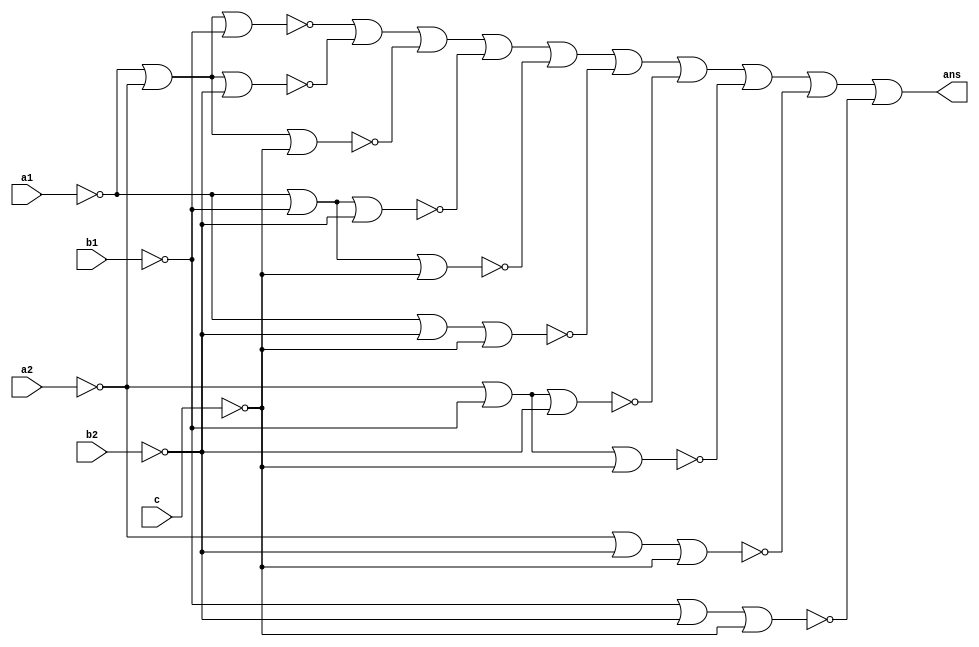
`timescale 1ns / 1ps
//////////////////////////////////////////////////////////////////////////////////
// Company: ITMO
// 
// Design Name: 
// Module Name: majorcontroller
// Project Name: Lab1
// Target Devices: 
// Tool Versions: 
// Description: 
// 
// Dependencies: 
// 
// Revision:
// Revision 0.01 - File Created
// Additional Comments:
// 
//////////////////////////////////////////////////////////////////////////////////


module majorcontroller(
    input a1,
    input a2,
    input b1,
    input b2,
    input c,
    output ans
    );
    
    wire not_a1, not_a2, not_b1, not_b2, not_c;
    wire res1, res2, res3, res4, res5, res6, res7, res8, res9, res10;
    wire tmp;
    
    nor(not_a1, a1, a1);
    nor(not_a2, a2, a2);
    nor(not_b1, b1, b1);
    nor(not_b2, b2, b2);
    nor(not_c, c, c);
    
    nor(res1, not_a1, not_a2, not_b1);
    nor(res2, not_a1, not_a2, not_b2);
    nor(res3, not_a1, not_a2, not_c);
    nor(res4, not_a1, not_b1, not_b2);
    nor(res5, not_a1, not_b1, not_c);
    nor(res6, not_a1, not_b2, not_c);
    nor(res7, not_a2, not_b1, not_b2);
    nor(res8, not_a2, not_b1, not_c);
    nor(res9, not_a2, not_b2, not_c);
    nor(res10, not_b1, not_b2, not_c);
    
    nor(tmp, res1, res2, res3, res4, res5, res6, res7, res8, res9, res10);
    nor(ans, tmp, tmp);
    
endmodule